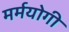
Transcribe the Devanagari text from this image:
मर्मयोगी